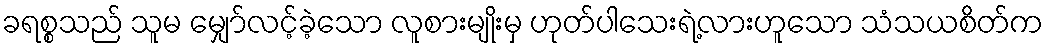
ခရစ္စသည် သူမ မျှော်လင့်ခဲ့သော လူစားမျိုးမှ ဟုတ်ပါသေးရဲ့လားဟူသော သံသယစိတ်က